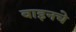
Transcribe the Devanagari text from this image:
वाइनचे